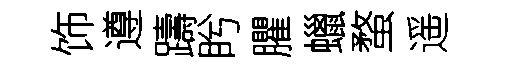
饰遵躊盻臞蠟蝥遥